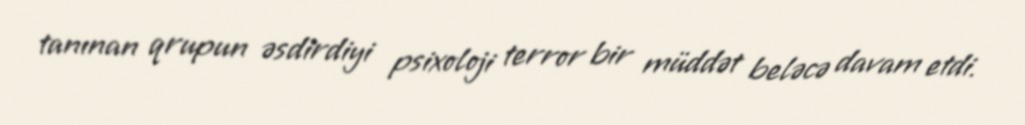
tanınan qrupun əsdirdiyi psixoloji terror bir müddət beləcə davam etdi.